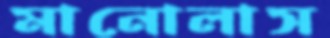
মানোলাস